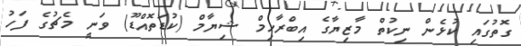
ގޮތުގައި ކުޅެން ނިކުތް މާޒިޔާގެ އިބްރާހިމް ޝިޔާމް (ކުޑަތޮއްޑޫ) ވަނީ މެޗުގެ ފަހު